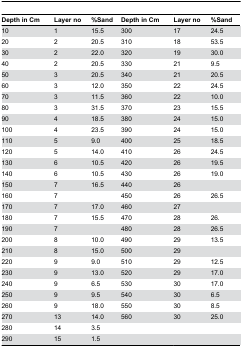
| Depth in Cm | Layer no | %Sand | Depth in Cm | Layer no | %Sand |
 | --- | --- | --- | --- | --- | --- |
 | 10 | 1 | 15.5 | 300 | 17 | 24.5 |
 | 20 | 2 | 20.5 | 310 | 18 | 53.5 |
 | 30 | 2 | 22.0 | 320 | 19 | 30.0 |
 | 40 | 2 | 20.5 | 330 | 21 | 9.5 |
 | 50 | 3 | 20.5 | 340 | 21 | 20.5 |
 | 60 | 3 | 12.0 | 350 | 22 | 24.5 |
 | 70 | 3 | 11.5 | 360 | 22 | 10.0 |
 | 80 | 3 | 31.5 | 370 | 23 | 15.5 |
 | 90 | 4 | 18.5 | 380 | 24 | 15.0 |
 | 100 | 4 | 23.5 | 390 | 24 | 15.0 |
 | 110 | 5 | 9.0 | 400 | 25 | 18.5 |
 | 120 | 5 | 14.0 | 410 | 26 | 24.5 |
 | 130 | 6 | 10.5 | 420 | 26 | 19.5 |
 | 140 | 6 | 10.5 | 430 | 26 | 19.0 |
 | 150 | 7 | 16.5 | 440 | 26 |  |
 | 160 | 7 |  | 450 | 26 | 26.5 |
 | 170 | 7 | 17.0 | 460 | 27 |  |
 | 180 | 7 | 15.5 | 470 | 28 | 26. |
 | 190 | 7 |  | 480 | 28 | 26.5 |
 | 200 | 8 | 10.0 | 490 | 29 | 13.5 |
 | 210 | 8 | 15.0 | 500 | 29 |  |
 | 220 | 9 | 9.0 | 510 | 29 | 12.5 |
 | 230 | 9 | 13.0 | 520 | 29 | 17.0 |
 | 240 | 9 | 6.5 | 530 | 30 | 17.0 |
 | 250 | 9 | 9.5 | 540 | 30 | 6.5 |
 | 260 | 9 | 18.0 | 550 | 30 | 8.5 |
 | 270 | 13 | 14.0 | 560 | 30 | 25.0 |
 | 280 | 14 | 3.5 |  |  |  |
 | 290 | 15 | 1.5 |  |  |  |